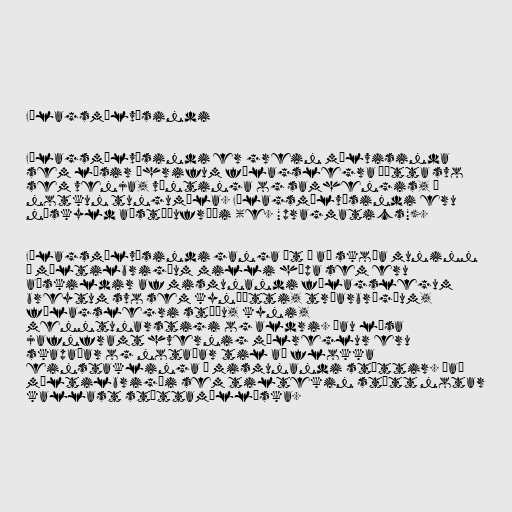
Félagsmálvísindi

Félagsmálvísindi er grein málvisinda
sem lýsir áhrifum félagslegra þátta svo
sem venja, væntinga og samhengis, á
notkun tungumála. Félagsmálvísindi eru
náskyld aðstæðufræði (e. "pragmatics").

Félagsmálvísindi ganga út á að skoða muninn
á máltilbrigðum milli hópa sem eru
aðskildir af mismunandi félagslegum
breytum svo sem kynþætti, trúarbrögðum,
félagslegri stöðu, kyni,
menntunarstigi og aldri. Þau lýsa
jafnframt hvernig málreglur eru
skapaðar og notaðar til að flokka
einstaklinga í mismunandi stéttir. Það
máltilbrigði sem tiltekin stétt notar
kallast stéttamállýska.